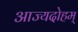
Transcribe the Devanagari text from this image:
आज्यदोहम्